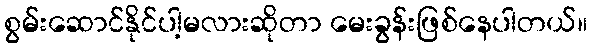
စွမ်းဆောင်နိုင်ပါ့မလားဆိုတာ မေးခွန်းဖြစ်နေပါတယ်။